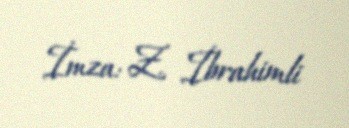
İmza: Z. İbrahimli